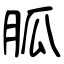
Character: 胍